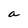
Character: a